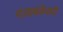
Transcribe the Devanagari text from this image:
पंजाबकेसरी